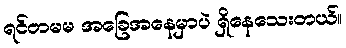
ရင်တမမ အခြေအနေမှာပဲ ရှိနေသေးတယ်။